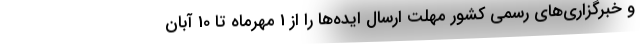
و خبرگزاری‌های رسمی کشور مهلت ارسال ایده‌ها را از 1 مهرماه تا 10 آبان